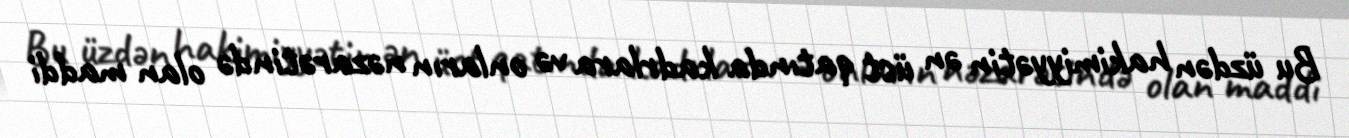
Bu üzdən hakimiyyətin ən üst qatında kadrlara və onların nəzarətində olan maddi